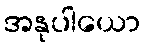
အနုပါယော